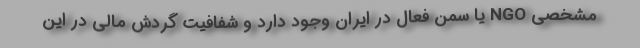
مشخصی NGO یا سمن فعال در ایران وجود دارد و شفافیت گردش مالی در این